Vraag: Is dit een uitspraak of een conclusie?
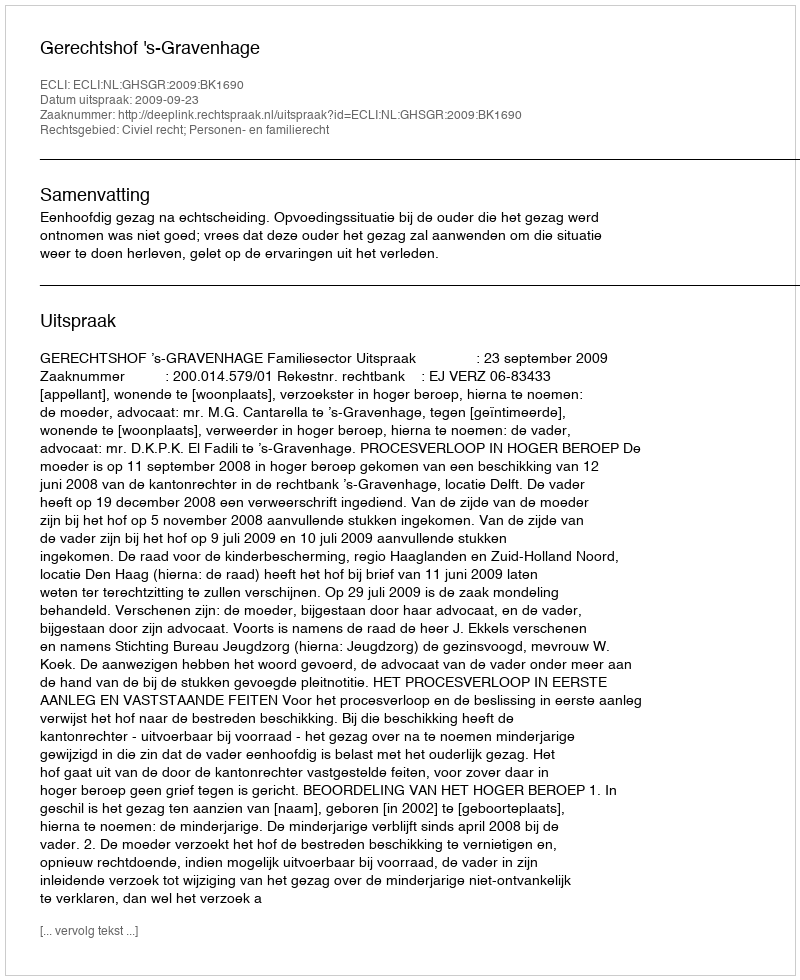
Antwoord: Uitspraak